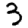
Digit: 3